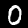
Label: 0